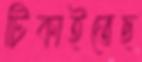
টিকাইতেছ